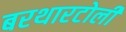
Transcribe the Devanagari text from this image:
बरथारटोली